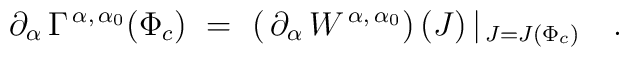
\partial_{\alpha}\,\Gamma^{\,\alpha,\,\alpha_{0}}(\Phi_{c})\ = \ \left(\,\partial_{\alpha}\,W^{\,\alpha,\,\alpha_{0}}\right )(J)\,\vert_{\,J=J(\Phi_{c})}\quad .